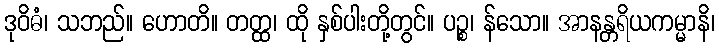
ဒုဝိဓံ၊ သဘည်။ ဟောတိ။ တတ္ထ၊ ထို နှစ်ပါးတို့တွင်။ ပဉ္စ၊ န်သော။ အာနန္တရိယကမ္မာနိ၊